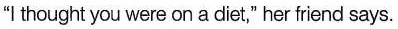
"I thought you were on a diet," her friend says. "